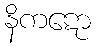
နိကဋော